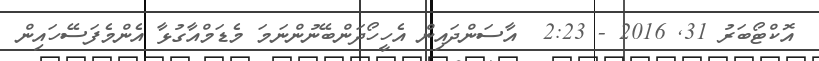
އޮކްޓޯބަރު 31